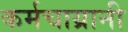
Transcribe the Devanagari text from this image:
कर्मचाय्रानी